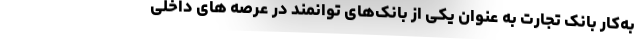
به‌کار بانک تجارت به عنوان یکی از بانک‌های توانمند در عرصه های داخلی